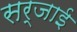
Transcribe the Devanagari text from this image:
सर्जाई